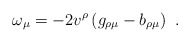
\begin{align*}\omega_{\mu} = -2v^{\rho} \left(g_{\rho\mu} - b_{\rho\mu}\right)\ .\end{align*}